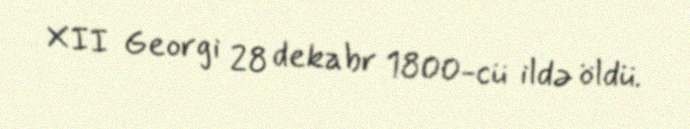
XII Georgi 28 dekabr 1800-cü ildə öldü.